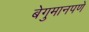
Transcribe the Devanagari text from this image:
बेगुमानपणे